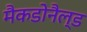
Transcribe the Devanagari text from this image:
मैकडोनैल्ड